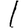
Digit: 1